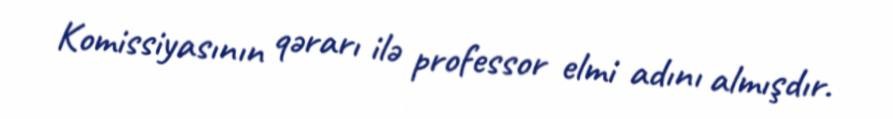
Komissiyasının qərarı ilə professor elmi adını almışdır.